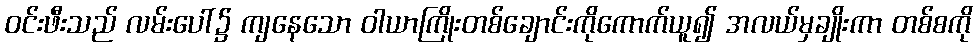
ဝင်းဖီးသည် လမ်းပေါ်၌ ကျနေသော ဝါယာကြိုးတစ်ချောင်းကိုကောက်ယူ၍ အလယ်မှချိုးကာ တစ်စကို